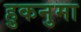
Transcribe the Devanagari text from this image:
हुकनुमा